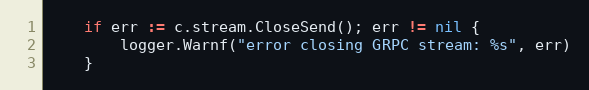
Language: Go
	if err := c.stream.CloseSend(); err != nil {
		logger.Warnf("error closing GRPC stream: %s", err)
	}